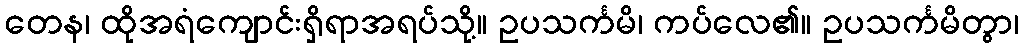
တေန၊ ထိုအရံကျောင်းရှိရာအရပ်သို့။ ဥပသင်္ကမိ၊ ကပ်လေ၏။ ဥပသင်္ကမိတွာ၊